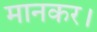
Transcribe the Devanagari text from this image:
मानकर।